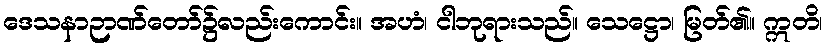
ဒေသနာဉာဏ်တော်၌လည်းကောင်း။ အဟံ၊ ငါဘုရားသည်။ သေဋ္ဌော၊ မြတ်၏။ ဣတိ၊